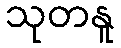
သုတနူ